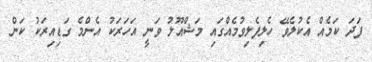
ފަދަ ކަމެއް އެކުލެވޭ ހެލިފެލިވުމެއްގައި މަޝްއޫލު ވަނީ އަހަރަކު އެންމެ ގަޑިއިރަކު ކަން